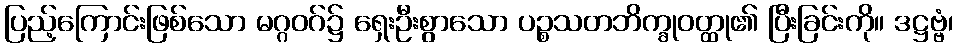
ပြည့်ကြောင်းဖြစ်သော မဂ္ဂဝဂ်၌ ရှေးဦးစွာသော ပဉ္စသတဘိက္ခုဝတ္ထု၏ ပြီးခြင်းကို။ ဒဋ္ဌဗ္ဗံ၊